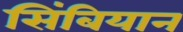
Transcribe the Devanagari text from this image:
सिंबियान